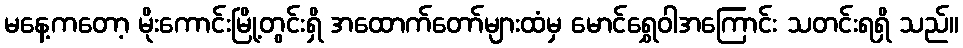
မနေ့ကတော့ မိုးကောင်းမြို့တွင်းရှိ အထောက်တော်များထံမှ မောင်ရွှေဝါအကြောင်း သတင်းရရှိ သည်။